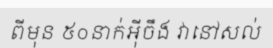
ពីមុន ៥០នាក់អ៊ីចឹង វានៅសល់